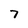
Character: 7